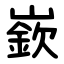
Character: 嶔